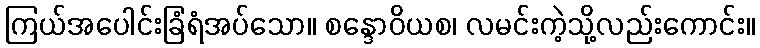
ကြယ်အပေါင်းခြံရံအပ်သော။ စန္ဒောဝိယစ၊ လမင်းကဲ့သို့လည်းကောင်း။